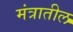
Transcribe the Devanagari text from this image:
मंत्रातील